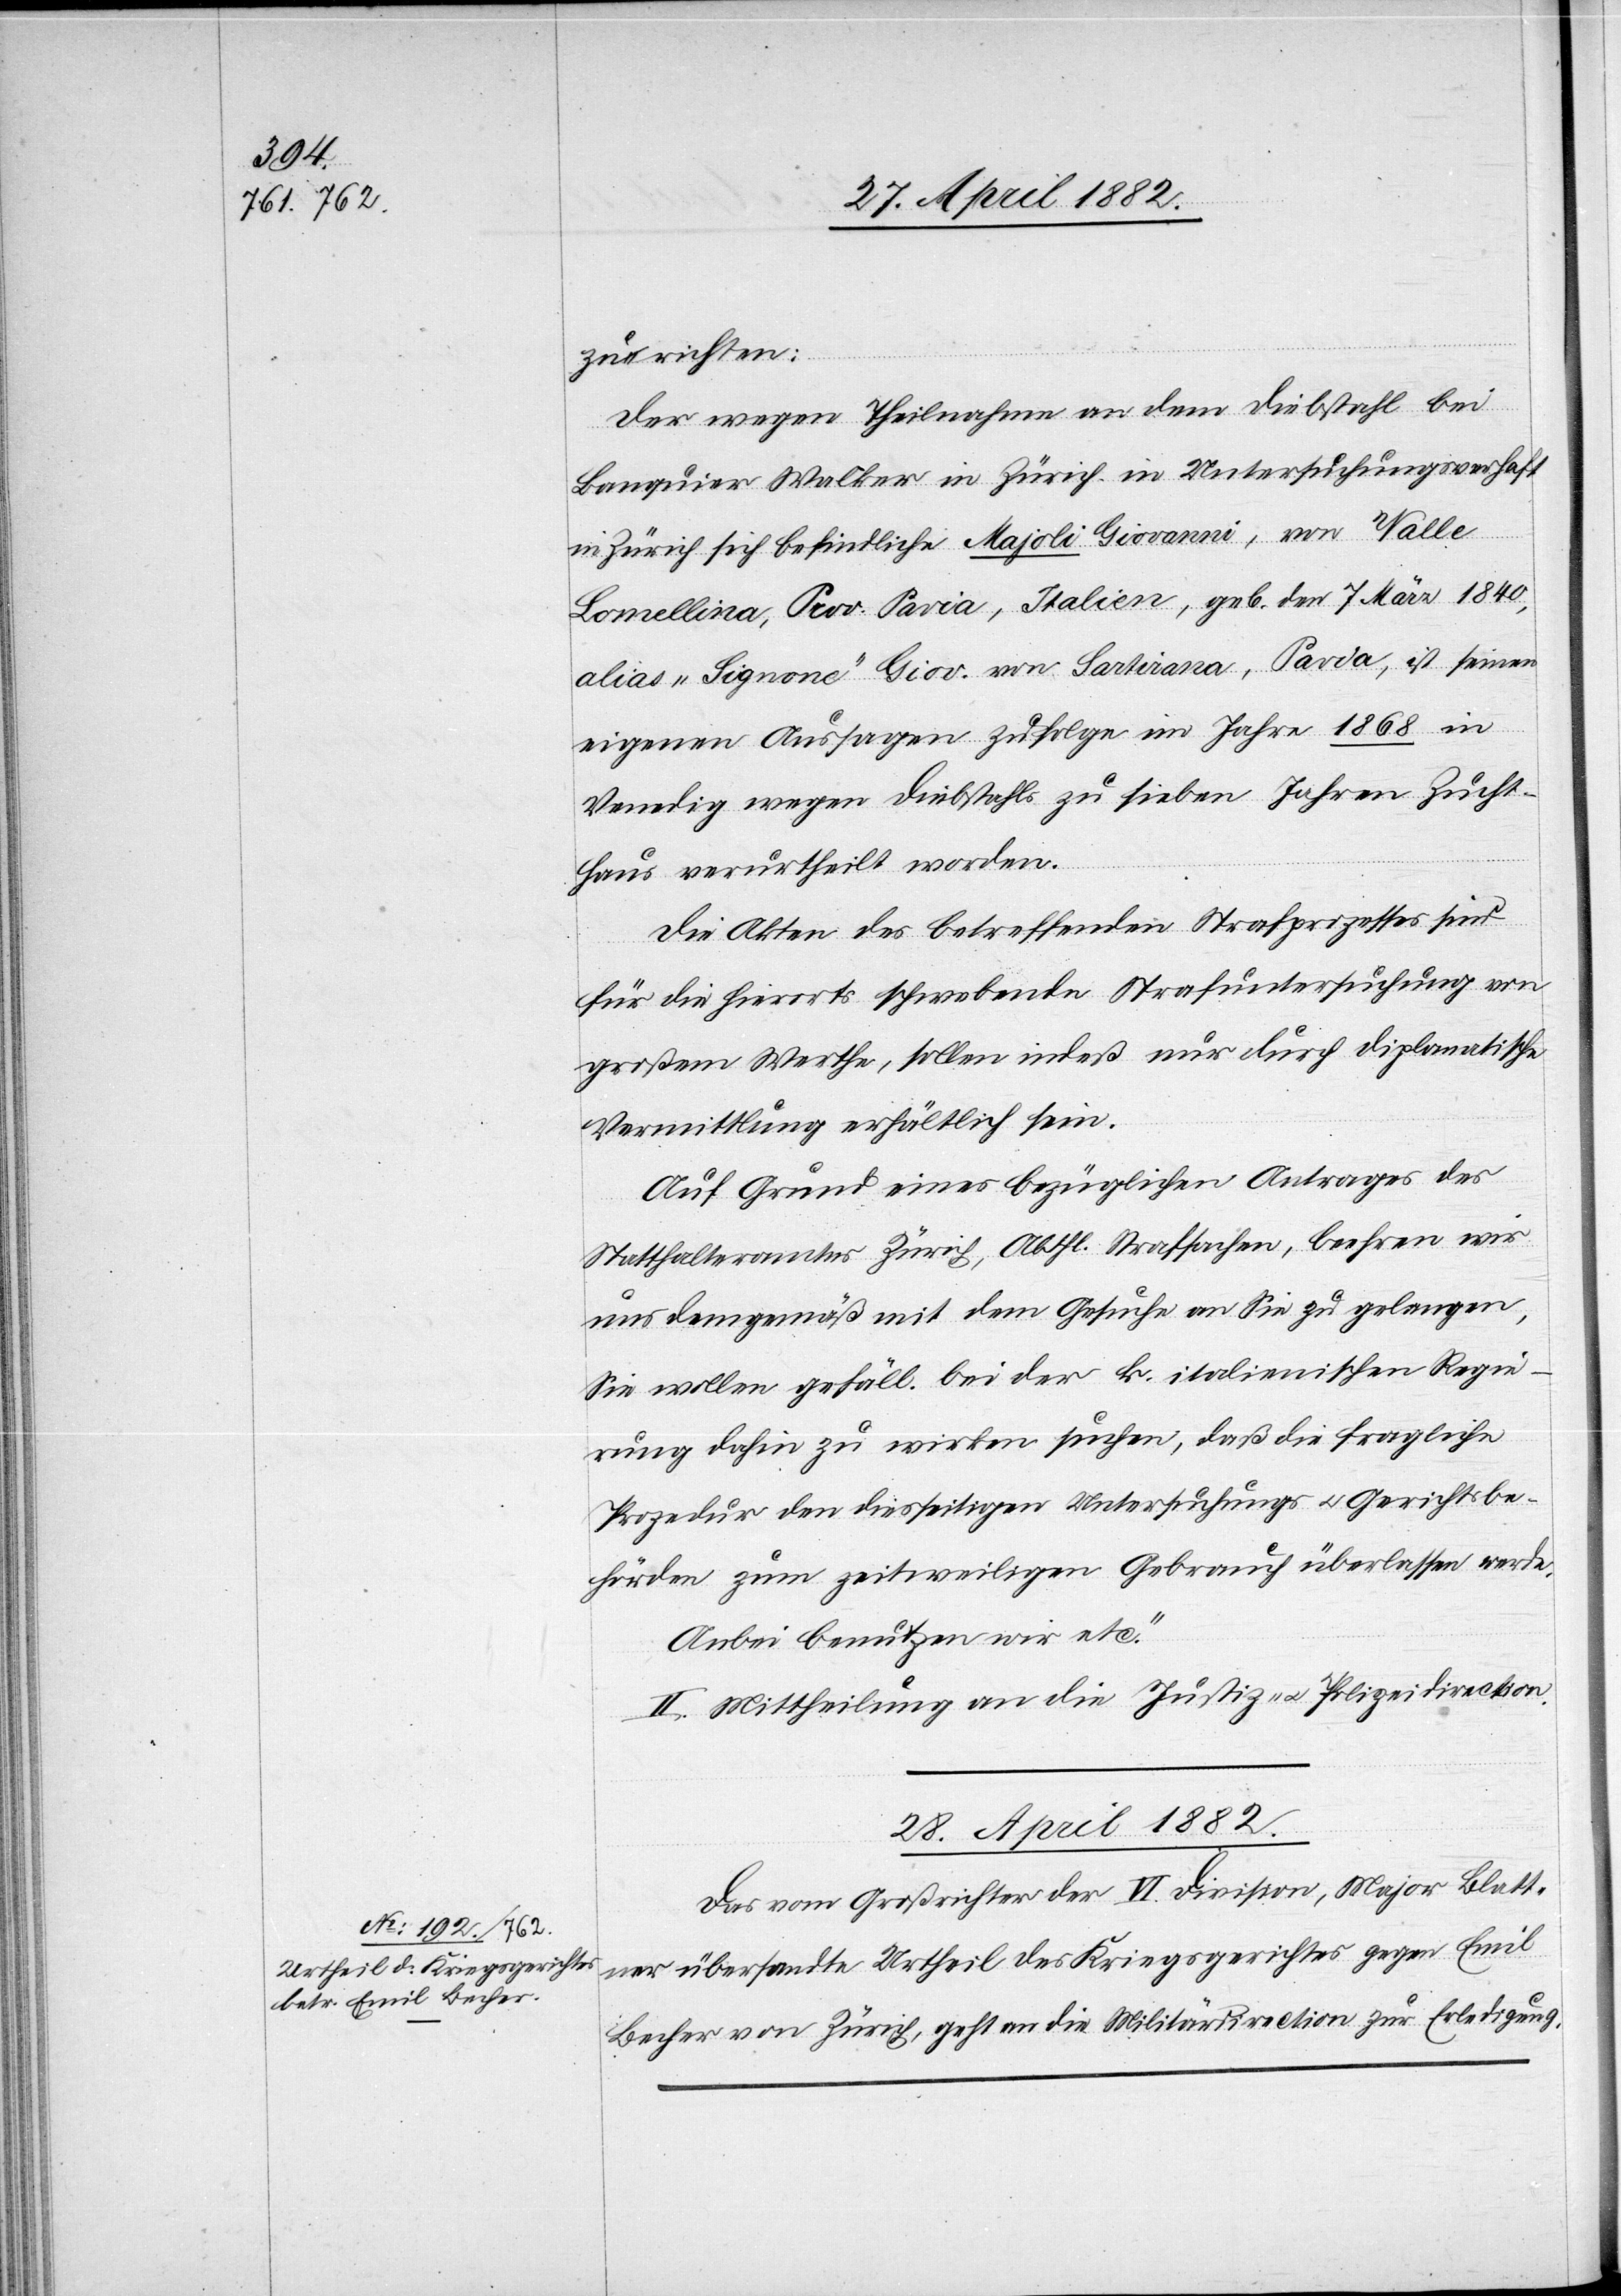
28. April. 1882.
zu richten:
„Der wegen Theilnahme an dem Diebstahl bei
Banquier Walker in Zürich in Untersuchungsverhaft
en
in Zürich sich befindliche Majoli Giovanni, von Valle
eigenen Aussagen zufolge im Jahre 1868 in
Venedig wegen Diebstahls zu sieben Jahren Zucht¬
haus verurtheilt worden.
Die Akten des betreffenden Strafprozesses sind
für die hierorts schwebende Strafuntersuchung von
großem Werthe, sollen indeß nur durch diplomatische
Vermittlung erhältlich sein.
Auf Grund eines bezüglichen Antrages des
Statthalteramtes Zürich, Abth. Strafsachen, beehren wir
uns demgemäß mit dem Gesuche an Sie zu gelangen,
Sie wollen gefäll. bei der k. italienischen Regie¬
rung dahin zu wirken suchen, daß die fragliche
Prozedur den diesseitigen Untersuchungs[-] u. Gerichtsbe¬
hörden zum zeitweiligen Gebrauch überlassen werde.
Anbei benutzen wir etc.“
II. Mittheilung an die Justiz- u. Polizeidirection.
Das vom Großrichter der VI. Division, Major Blatt¬
ner übersandte Urtheil des Kriegsgerichtes gegen Emil
Becher von Zürich geht an die Militärdirection zur Erledigung.